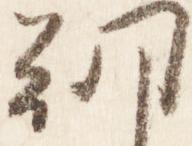
朝